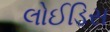
લોઈડિસ